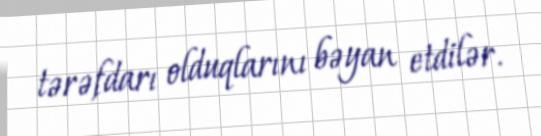
tərəfdarı olduqlarını bəyan etdilər.